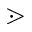
\gtrdot